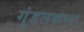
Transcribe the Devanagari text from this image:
गुंडलकम्मा